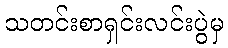
သတင်းစာရှင်းလင်းပွဲမှ